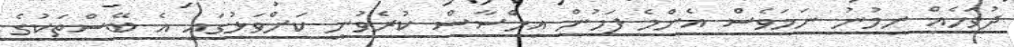
ދުވަހެއް ނިމުނު ނަމަވެސް އެންމެ ފަހުން އިހްސާސް ކުރެވުނީ ކަށްވަޅުގައި އެ ބޭސްތަކުގެ